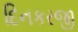
દિનકરજી